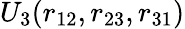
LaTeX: U_{3}(r_{12},r_{23},r_{31})